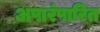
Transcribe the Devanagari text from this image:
अपारंपारित